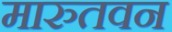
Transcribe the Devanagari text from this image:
मारुतवन